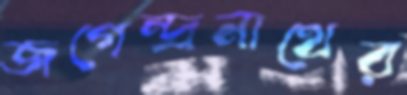
জগেন্দ্রনাথের